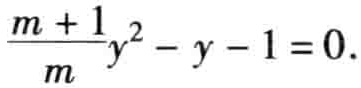
$\frac{m + 1}{m}y^{2}-y - 1 = 0.$